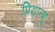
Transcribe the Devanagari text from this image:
प्रियान्शू